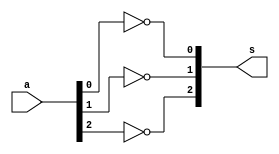
// Exemplo 0033
//Nome: Vitor Angelo Lima

module complemento1 ( output [2:0] s, input [2:0] a );
	not ( s[0], a[0] );
	not ( s[1], a[1] );
	not ( s[2], a[2] );
endmodule

module soma ( output c, output s, input a, input b, input c1 );
	wire x1;
	wire a1;
	wire a2;
	
	xor ( x1, a, b );
	and ( a1, a, b );
	xor ( s, x1, c1 );
	and ( a2, x1, c1 );
	or ( c, a1, a2 );	
endmodule

module decidir ( output [2:0] s, input [2:0] b, input [2:0] bc, input c );
	wire n; //carry negado
	wire [2:0] a0; wire [2:0] a1;
	not ( n, c );
	
	and ( a0[0], b[0], n );
	and ( a0[1], b[1], n );
	and ( a0[2], b[2], n );
	
	and ( a1[0], bc[0], c );
	and ( a1[1], bc[1], c );
	and ( a1[2], bc[2], c );
	
	or ( s[0], a0[0], a1[0] );
	or ( s[1], a0[1], a1[1] );
	or ( s[2], a0[2], a1[2] );
endmodule

module operacao ( output [2:0] s, input [2:0] a, input [2:0] b, input c );
	wire [2:0] bc; wire [2:0] b1; //bc = complemento de 1 de b --- b1 = b | bc
	wire s0; wire c0;
	wire s1; wire c1;
	wire s2; wire c2;
	
	complemento1 c1A ( bc, b );
	decidir dc ( b1, b, bc, c );
	
	soma sm0 ( c0, s0, a[0], b1[0], c );
	soma sm1 ( c1, s1, a[1], b1[1], c0 );
	soma sm2 ( c2, s2, a[2], b1[2], c1 );
	
	and ( s[0], s0 );
	and ( s[1], s1 );
	and ( s[2], s2 );
endmodule

module flagzero ( output z, input [2:0] s );
	nor ( z, s[0], s[1], s[2] );
endmodule

module incremento ( output [2:0] s, input [2:0] a );
	operacao op ( s, a, 3'b001, 1'b0 );	
endmodule

module executar;
	reg [2:0] a;
	reg [2:0] b;
	reg c;
	wire [2:0] d; // b+1
	wire [2:0] s;
	
	incremento ic ( d, b );
	operacao op ( s, a, d, c );
	
	initial begin
		$monitor ( "%3b    %3b %3b+1   %1b", s, a, b, c );
		a = 3'b000; b = 3'b000; c = 0;
		#1 a = 3'b001; b = 3'b001; c = 0;
		#1 a = 3'b111; b = 3'b111; c = 0;
		#1 a = 3'b000; b = 3'b001; c = 1;
		#1 a = 3'b001; b = 3'b001; c = 1;
		#1 a = 3'b111; b = 3'b111; c = 1;
	end

endmodule